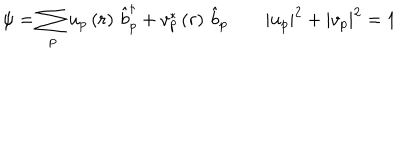
\psi = \sum _ { p } u _ { p } \left( r \right) \, \hat { b } _ { p } ^ { \dagger } + v _ { p } ^ { * } \left( r \right) \, \hat { b } _ { p } \qquad | u _ { p } | ^ { 2 } + | v _ { p } | ^ { 2 } = 1